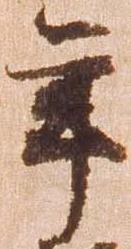
年